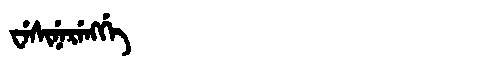
Manchu: ᠸᡝᠰᡳᠨᡝᡵᡝᠩᡤᡝ
Romanization: WESINERENGGE